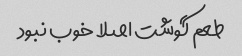
طعم گوشت اصلا خوب نبود